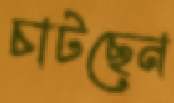
চাটছেন